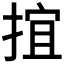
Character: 𢯕